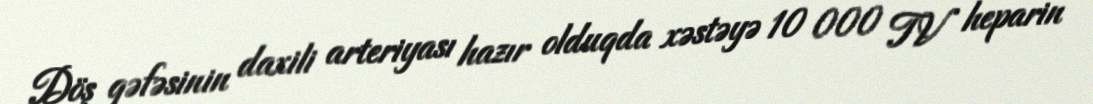
Döş qəfəsinin daxili arteriyası hazır olduqda xəstəyə 10 000 TV heparin